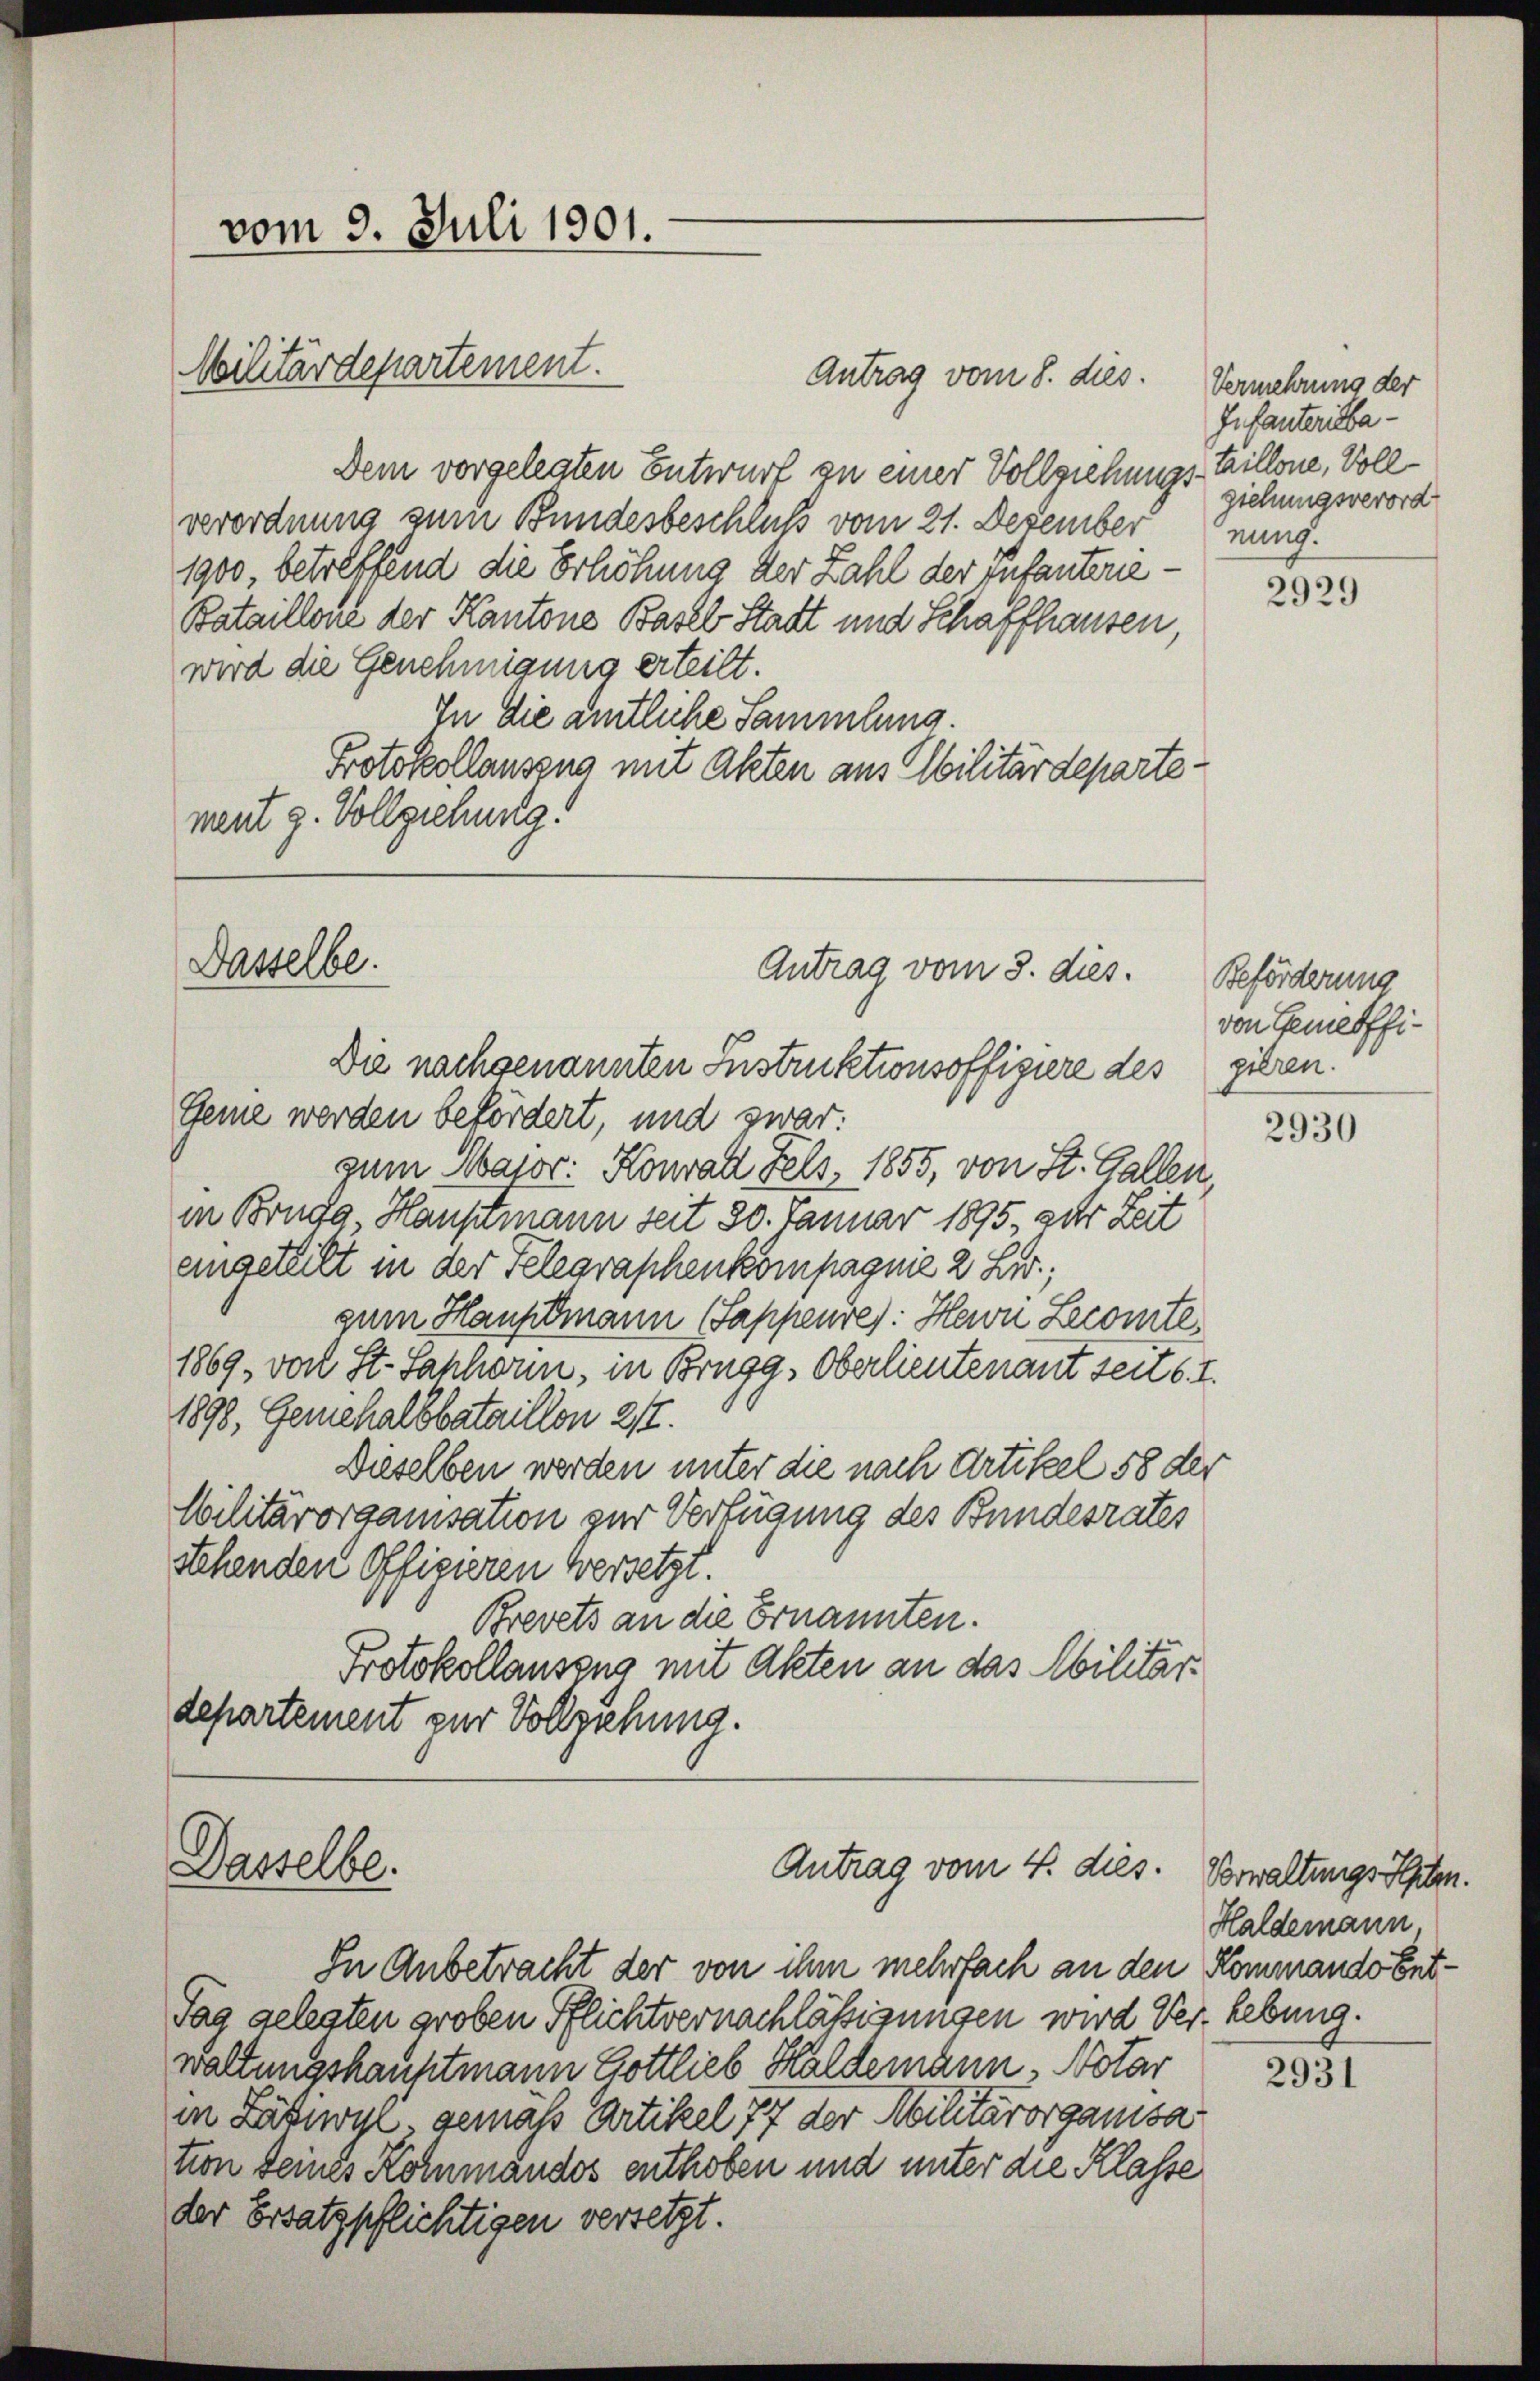
vom 3. Juli 1901.

Dasselbe.

Militärdepartement.

Dasselbe.

Antrag vom 3. dies.

Antrag vom 4. dies. Verwaltungs Peten.

Antrag vom 8. dies
Dem vorgelegten Entwurf zu einer Vollziehungs-taillone, Vollverordnung zum Bundesbeschluß vom 21. Dezember nung.
1900, betreffend die Erhöhung der Zahl der Infanterne.
Bataillone der Kantons Basel Stadt und Schaffhausen,
wird die Genehmigung erteilt.
In die amtliche Sammlung
Protokollauszug mit Akten aus Abilitärdepartement g. Vollziehung!

Vermehrung der
Infanterisbaziehungsverord

Die nachgenannten Instruktionsoffigiere des gieren.
Geme werden befördert, und zwar:
zum Major Konrad Fels, 1855, von St. Gallen
in Brugg, Hauptmann seit 20. Januar 1895, zur Zeit
aingeteilt in der Telegraphenkompagnie 2 Lir;
zum Hauptmann (Sappeures: Herrn Lecomite.
1869, von St. Saphorm, in Brugg, Oberlieutenant seits. I.
1898, Genehalbbataillon 217.
Dieselben werden unter die nach Artikel 58 der
Wilitärorganisation zur Verfügung des Bundesrates
stehenden Offizieren versetzt.
Brevets an die Ernannten.
Protokollauszug mit Akten an das Militärdepartement zur Vollziehung.

In Anbetracht der von ihm mehrfach an den Kommando Ent¬
Tag gelegten groben Pflichtvernachlässigungen wird Verhebung.
waltungshauptmann Gottlieb Haldemann, Notar
in Zasiwis, gemäß Artikel 77 der Militärorganisa
tion seines Kornmandos enthoben und unter die Klasse
der Ersatzpflichtigen versetzt.

2929

Beförderung
von Gemeiffi¬

2930

Haldemann

2931